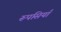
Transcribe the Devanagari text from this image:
रूपसियाँ